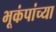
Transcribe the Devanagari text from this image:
भूकंपांच्या